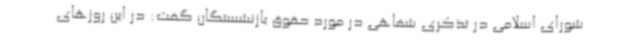
شورای اسلامی در تذکری شفاهی در مورد حقوق بازنشستگان گفت: در این روزهای